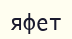
яфет